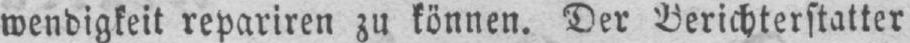
wendigkeit repariren zu können. Der Berichterstatter